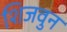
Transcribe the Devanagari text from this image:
शिजवुन